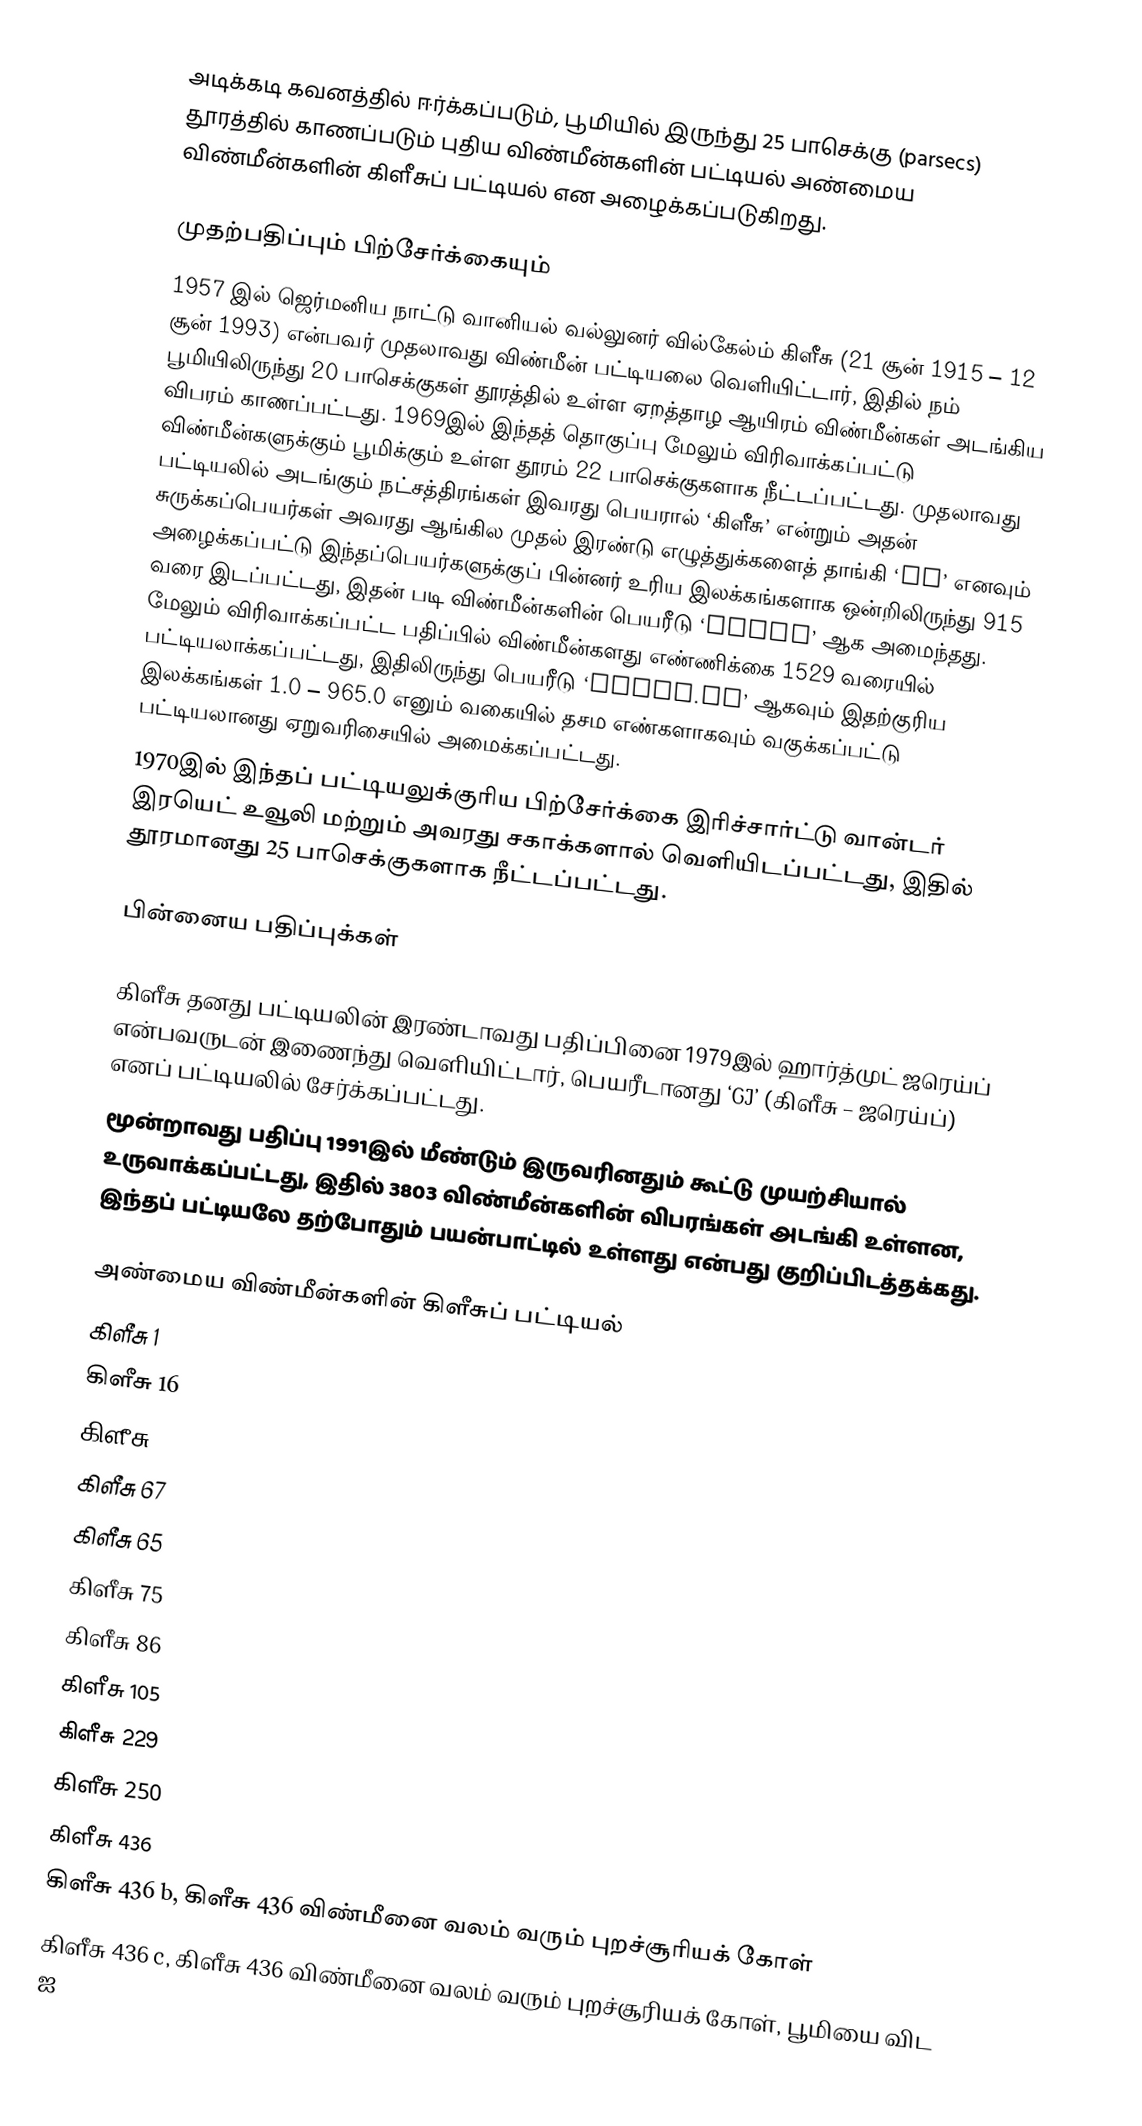
அடிக்கடி கவனத்தில் ஈர்க்கப்படும், பூமியில் இருந்து  25 பாசெக்கு (parsecs) தூரத்தில் காணப்படும் புதிய விண்மீன்களின் பட்டியல் அண்மைய விண்மீன்களின் கிளீசுப் பட்டியல் என அழைக்கப்படுகிறது.

முதற்பதிப்பும் பிற்சேர்க்கையும்
1957 இல் ஜெர்மனிய நாட்டு  வானியல் வல்லுனர் வில்கேல்ம் கிளீசு (21 சூன் 1915 – 12 சூன் 1993) என்பவர் முதலாவது விண்மீன் பட்டியலை வெளியிட்டார், இதில் நம் பூமியிலிருந்து 20 பாசெக்குகள் தூரத்தில் உள்ள ஏறத்தாழ ஆயிரம் விண்மீன்கள் அடங்கிய விபரம் காணப்பட்டது. 1969இல் இந்தத் தொகுப்பு மேலும் விரிவாக்கப்பட்டு விண்மீன்களுக்கும் பூமிக்கும் உள்ள தூரம் 22 பாசெக்குகளாக நீட்டப்பட்டது. முதலாவது பட்டியலில் அடங்கும் நட்சத்திரங்கள் இவரது பெயரால் ‘கிளீசு’ என்றும் அதன் சுருக்கப்பெயர்கள் அவரது ஆங்கில முதல் இரண்டு எழுத்துக்களைத் தாங்கி ‘GL’ எனவும் அழைக்கப்பட்டு இந்தப்பெயர்களுக்குப் பின்னர் உரிய இலக்கங்களாக ஒன்றிலிருந்து 915  வரை இடப்பட்டது, இதன் படி விண்மீன்களின் பெயரீடு ‘GLNNN’ ஆக அமைந்தது. மேலும் விரிவாக்கப்பட்ட பதிப்பில் விண்மீன்களது எண்ணிக்கை 1529 வரையில் பட்டியலாக்கப்பட்டது, இதிலிருந்து பெயரீடு ‘GlNNN.NA’ ஆகவும் இதற்குரிய இலக்கங்கள் 1.0 – 965.0 எனும் வகையில் தசம எண்களாகவும் வகுக்கப்பட்டு பட்டியலானது ஏறுவரிசையில் அமைக்கப்பட்டது.
1970இல் இந்தப் பட்டியலுக்குரிய பிற்சேர்க்கை இரிச்சார்ட்டு வான்டர் இரயெட் உவூலி மற்றும் அவரது சகாக்களால் வெளியிடப்பட்டது, இதில் தூரமானது 25  பாசெக்குகளாக நீட்டப்பட்டது.

பின்னைய பதிப்புக்கள்

கிளீசு தனது பட்டியலின் இரண்டாவது பதிப்பினை 1979இல் ஹார்த்முட் ஜரெய்ப் என்பவருடன் இணைந்து வெளியிட்டார், பெயரீடானது ‘GJ’ (கிளீசு – ஜரெய்ப்) எனப் பட்டியலில் சேர்க்கப்பட்டது.
மூன்றாவது பதிப்பு 1991இல் மீண்டும் இருவரினதும் கூட்டு முயற்சியால் உருவாக்கப்பட்டது, இதில் 3803 விண்மீன்களின் விபரங்கள் அடங்கி உள்ளன, இந்தப் பட்டியலே தற்போதும் பயன்பாட்டில் உள்ளது என்பது குறிப்பிடத்தக்கது.

அண்மைய விண்மீன்களின் கிளீசுப் பட்டியல்
கிளீசு 1
கிளீசு 16
கிளீசு 33
கிளீசு 67
கிளீசு 65
கிளீசு 75
கிளீசு 86
கிளீசு 105
கிளீசு 229
கிளீசு 250
கிளீசு 436
கிளீசு 436 b, கிளீசு 436 விண்மீனை வலம் வரும் புறச்சூரியக் கோள்
கிளீசு 436 c, கிளீசு 436 விண்மீனை வலம் வரும் புறச்சூரியக் கோள், பூமியை விட ஐ